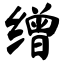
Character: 缯